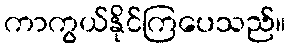
ကာကွယ်နိုင်ကြပေသည်။